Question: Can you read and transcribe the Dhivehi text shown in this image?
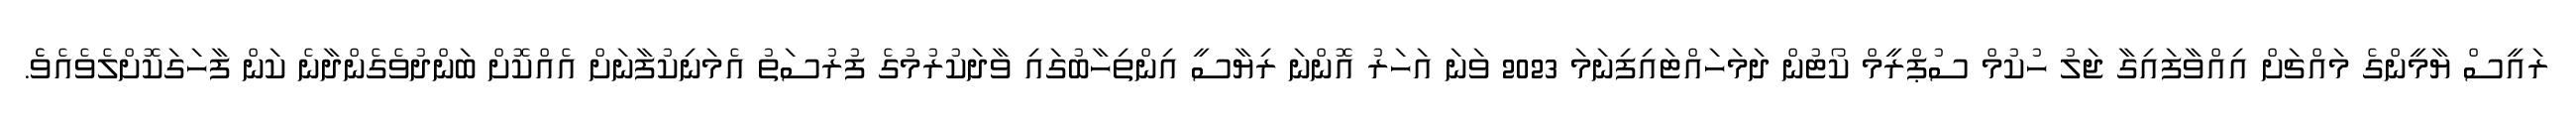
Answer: ރައީސް ޔާމީންގެ މައްޗަށް އިއްވާފައިގާ ޖަލު ހުކުމް ސުޕްރީމް ކޯޓުން ދަމަހައްޓައިފިނަމަ 2023 ވަނަ އަހަރު އޮންނަ ރިޔާސީ އިންތިހާބުގައި ވާދަކުރުމުގެ ފުރުސަތު އެމަނިކުފާނަށް އެއްކޮށް ބަންދުވެގެންދާނެ ކަން ފާހަގަކޮށްލެވެއެވެެ.